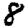
Digit: 8